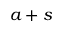
a + s